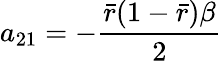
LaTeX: a_{21}=-\frac{\bar{r}(1-\bar{r})\beta}{2}